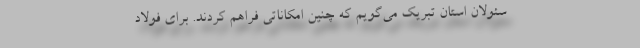
سئولان استان تبریک می‌گویم که چنین امکاناتی فراهم کردند. برای فولاد